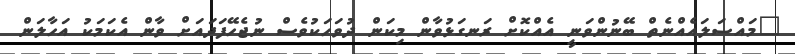
"މައްސަލައެއްނެތް ބޭނުންވަނީ އެއްކޮށް ރަނގަޅުވާން މިކަން ދުވަހަކުވެސް ނުޖެހޭފަދައަށް ވާން އެކަމަކު އަހާލަން